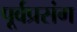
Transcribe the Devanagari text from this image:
पूर्वप्रसंग